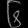
Digit: ၆